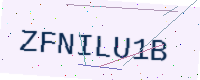
Text: ZFNILU1B